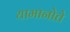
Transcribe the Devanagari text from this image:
यामानोते